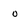
Character: o